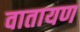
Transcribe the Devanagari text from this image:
वातायण